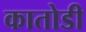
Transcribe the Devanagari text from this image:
कातोडी